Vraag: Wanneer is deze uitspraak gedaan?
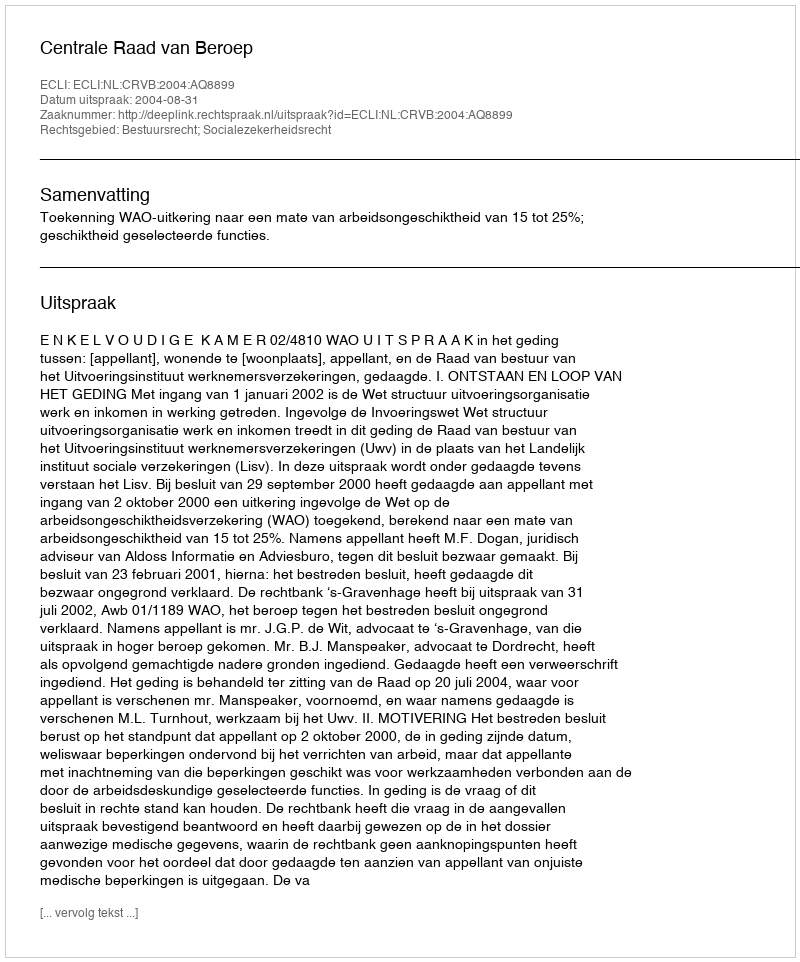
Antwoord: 2004-08-31